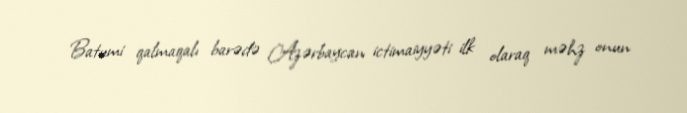
Batumi qalmaqalı barədə Azərbaycan ictimaiyyəti ilk olaraq məhz onun